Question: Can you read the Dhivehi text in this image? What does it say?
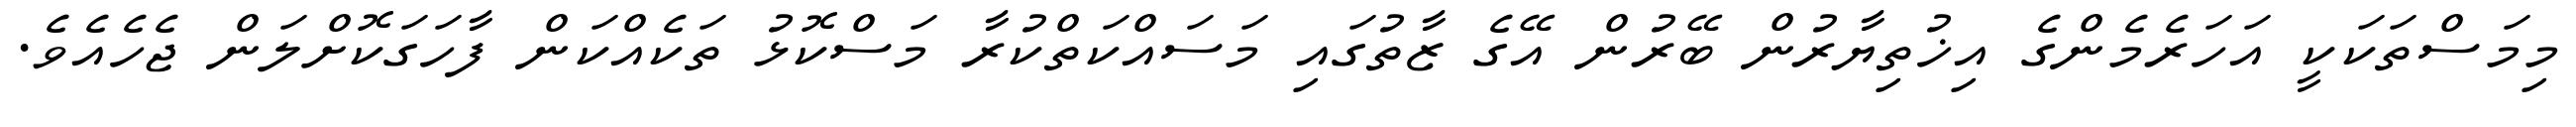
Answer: މިމަސްތަކަކީ އަހަރެމެންގެ އިޚުތިޔާރުން ބޭރުން އޭގެ ޒާތުގައި މަސައްކަތްކުރާ މަސްކޮޅު ތަކެއްކަން ފާހަގަކޮށްލަން ޖެހެއެވެ.